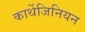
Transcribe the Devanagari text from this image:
कार्थेजिनियन